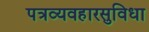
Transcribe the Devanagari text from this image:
पत्रव्यवहारसुविधा